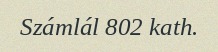
Számlál 802 kath.